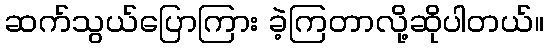
ဆက်သွယ်ပြောကြား ခဲ့ကြတာလို့ဆိုပါတယ်။